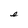
Character: e